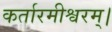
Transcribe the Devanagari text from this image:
कर्तारमीश्वरम्।